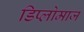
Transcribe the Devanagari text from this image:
डिप्लोमाज